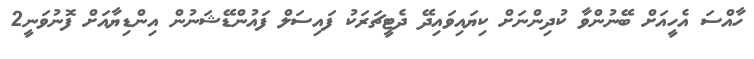
ހާއްސަ އެހީއަށް ބޭނުންވާ ކުދިންނަށް ކިޔައިވައިދޭ ދެޓީޗަރަކު ފައިސަލް ފައުންޑޭޝަނުން އިންޑިޔާއަށް ފޮނުވަނީ2